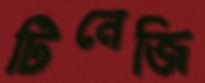
টিনেজি